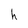
Character: h